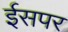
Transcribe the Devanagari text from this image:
ईसपर